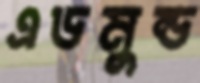
এডমুন্ড